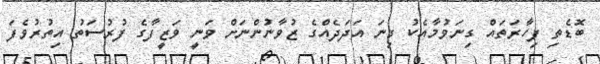
ބޮޑެތި ފިހާރަތައް ގިނަވުމާއެކު ގިނަ އަދަދެއްގެ ޒުވާނުންނަށް ވަނީ ވަޒީފާގެ ފުރުސަތު އިތުރުވެފަ